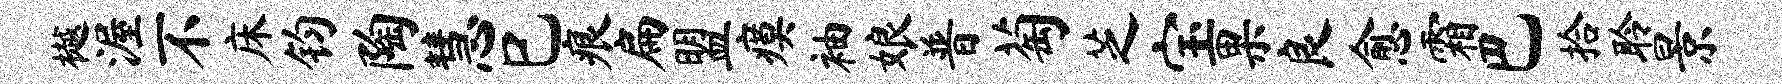
樾渥不床钧陶慧巳痕扁盟瘼袖娘普萄芝宝果良愈霜巴拾聆景